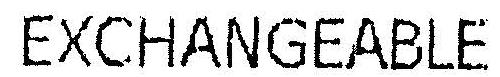
EXCHANGEABLE